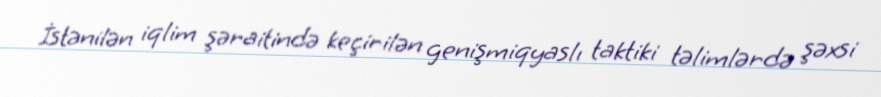
İstənilən iqlim şəraitində keçirilən genişmiqyaslı taktiki təlimlərdə şəxsi